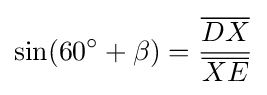
\sin(60^{\circ }+\beta )={\frac {\overline {DX}}{\overline {XE}}}